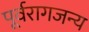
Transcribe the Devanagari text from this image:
पूर्वरागजन्य